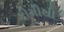
કીમીથી